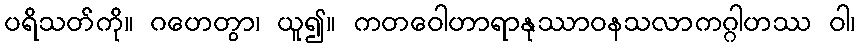
ပရိသတ်ကို။ ဂဟေတွာ၊ ယူ၍။ ကတဝေါဟာရာနုဿာဝနသလာကဂ္ဂါဟဿ ဝါ၊